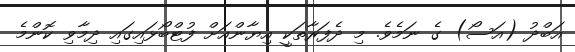
އަބްދު (އަސޯ) ގެ ނަމެވެ. މި ދެފަރާތަކީ އިޔާންއަށް ފުޓްބޯޅައިގައި ދިމާވި ކޮންމެ